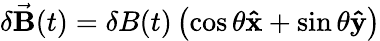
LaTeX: \delta\vec{\mathbf B}(t)=\delta B(t)\left(\cos\theta\mathbf{\hat{x}}+\sin\theta\mathbf{\hat{y}}\right)